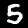
Label: 5